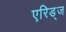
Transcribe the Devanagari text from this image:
एरिड्‌ज